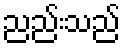
ညည်းသည်